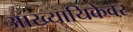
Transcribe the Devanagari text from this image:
आख्यायिकेवर